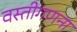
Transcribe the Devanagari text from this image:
वस्तीगणना